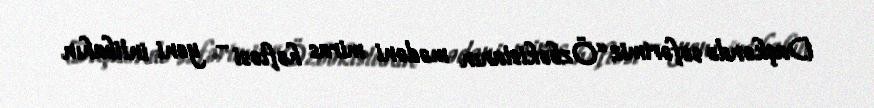
Daşkəndə səfərimiz “Özbəkistanın mədəni miras həftəsi – yeni intibahın